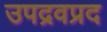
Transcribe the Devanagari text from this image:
उपद्रवप्रद